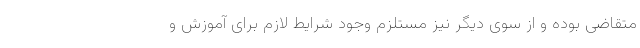
متقاضی بوده و از سوی دیگر نیز مستلزم وجود شرایط لازم برای آموزش و